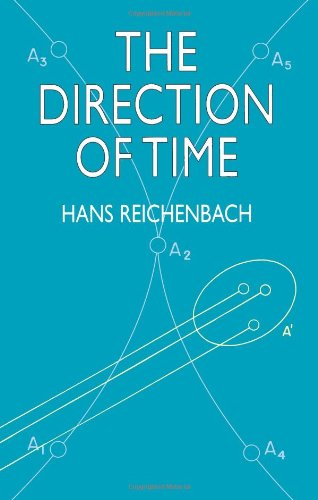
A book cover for The Direction of Time (Dover Books on Physics); Hans Reichenbach; Science & Math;